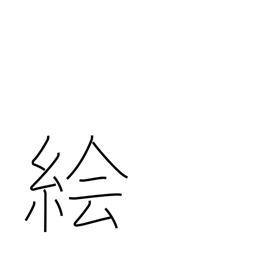
Meaning: sketch